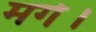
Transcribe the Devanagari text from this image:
मर्ग।